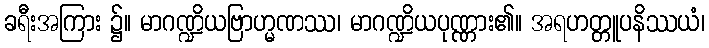
ခရီးအကြား ၌။ မာဂဏ္ဍိယဗြာဟ္မဏဿ၊ မာဂဏ္ဍိယပုဏ္ဏား၏။ အရဟတ္တူပနိဿယံ၊